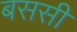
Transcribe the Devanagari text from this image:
बससी